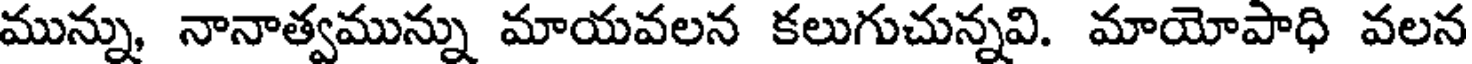
మున్ను, నానాత్వమున్ను మాయవలన కలుగుచున్నవి. మాయోపాధి వలన